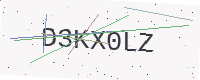
Text: D3KX0LZ